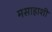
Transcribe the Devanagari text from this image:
मसाहाशी